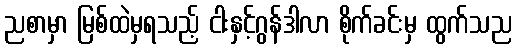
ညစာမှာ မြစ်ထဲမှရသည့် ငါးနှင့်ဂွန်ဒါလာ စိုက်ခင်းမှ ထွက်သည